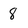
Character: 8